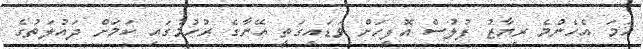
ހަމަ އެހެންމެ ރިޔާޒު ފުލުސް އޮފީހަށް ވަޑައިގަތީ އޭނާގެ ރުހުމުގައި ކަމަށް ދައުލަތުގެ